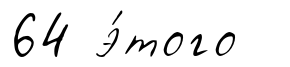
64 э́того